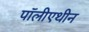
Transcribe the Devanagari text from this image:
पॉलीएथीन